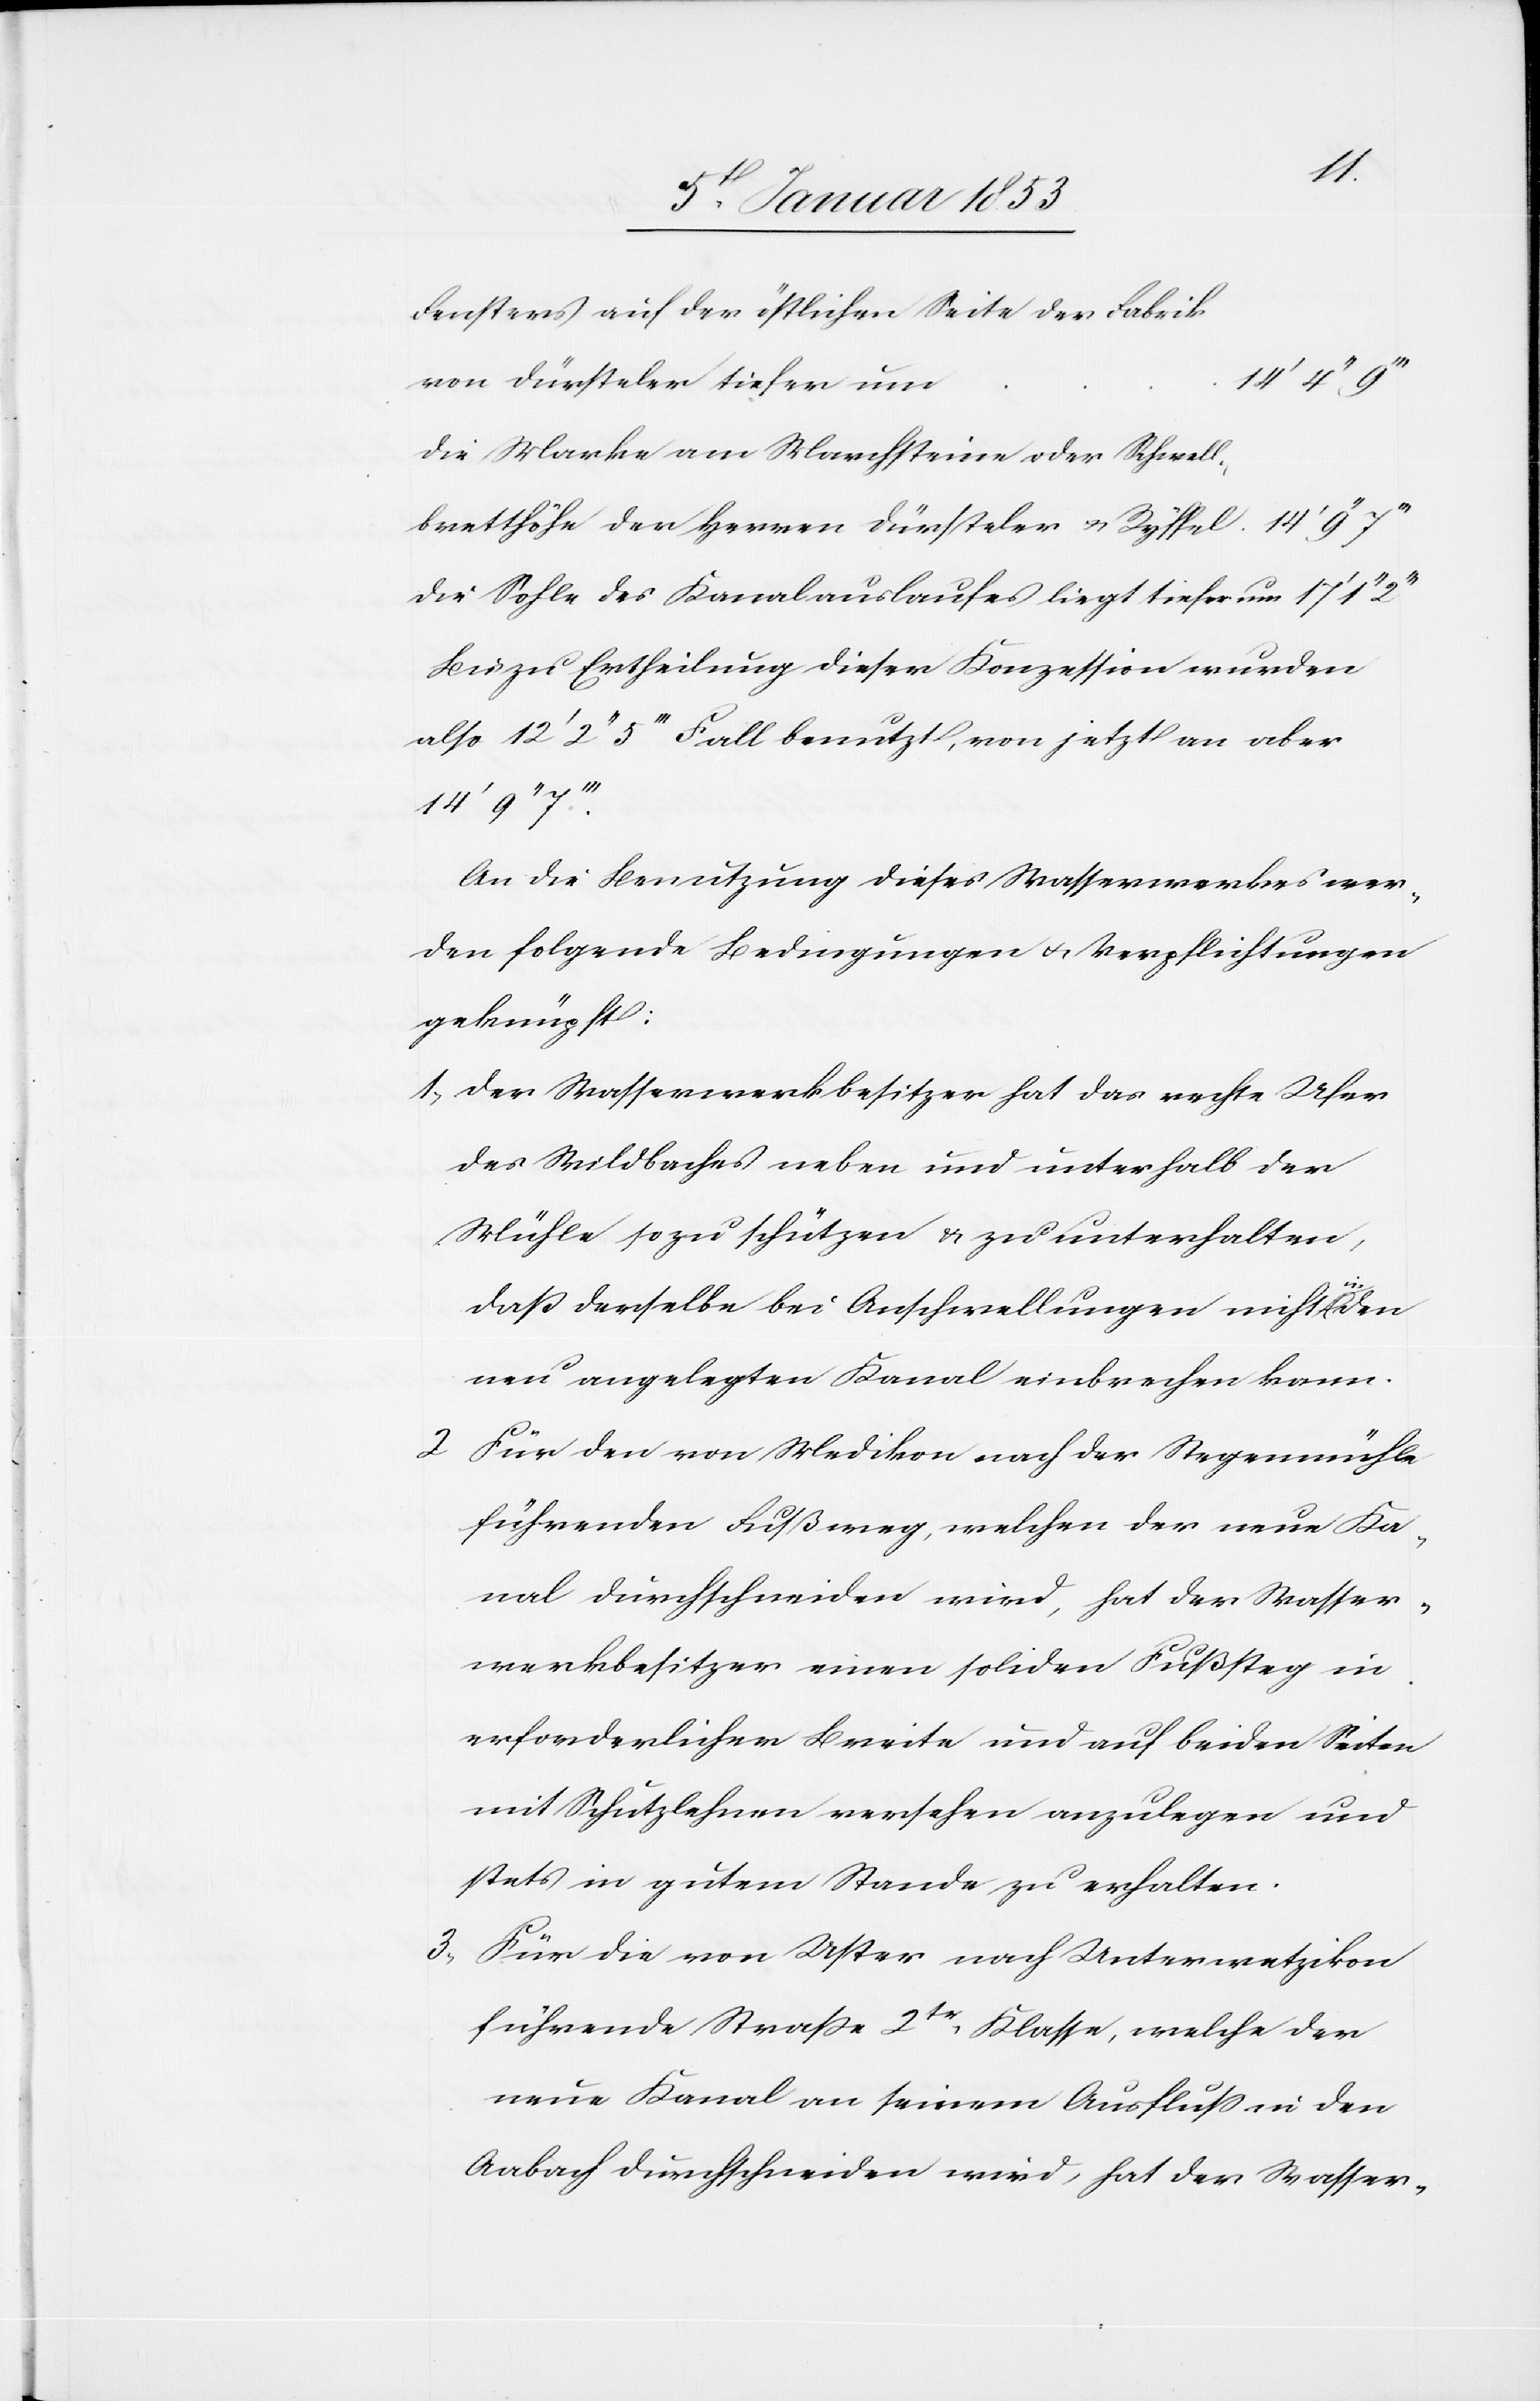
Fensters auf der östlichen Seite der Fabrik
von Dürsteler tiefer um	14’
die Marke am Marchsteine oder Schwell¬
bretthöhe der Herrn Dürsteler u. Ryffel	14’ 9’’
die Sohle des Kanalauslaufes liegt tiefer um
Bis zu Ertheilung dieser Konzession wurden
also 12’ 2’’ 5’’’ Fall benutzt, von jetzt an aber
14’ 9’’
An die Benutzung dieses Wasserwerkes wer¬
den folgende Bedingungen u. Verpflichtungen
geknüpft:
1. Der Wasserwerkbesitzer hat das rechte Ufer
des Wildbaches neben und unterhalb der
Mühle so zu schützen u. zu unterhalten,
2.
daß derselbe bei Anschwellungen nicht in
neu angelegten Kanal einbrechen kann.
Für den von Medikon nach der Stegemühle
führenden Fußweg, welcher der neue Ka¬
nal durchschneiden wird, hat der Strassen¬
besitzer einen soliden Fußsteg in
erforderlicher Breite und auf beiden Seiten
mit Schutzlehnen versehen anzulegen und
stets in gutem Stande zu erhalten.
3. Für die von Uster nach Unterwetzikon
führende Straße 2tr. Klasse, welche der
neue Kanal an seinem Ausfluß in den
Aabach durchschneiden wird, hat der Wasser-